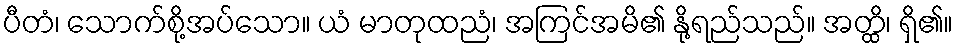
ပီတံ၊ သောက်စို့အပ်သော။ ယံ မာတုထညံ၊ အကြင်အမိ၏ နို့ရည်သည်။ အတ္ထိ၊ ရှိ၏။